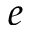
e